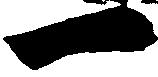
一